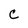
Character: C